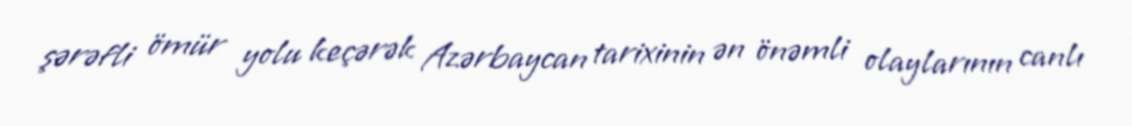
şərəfli ömür yolu keçərək Azərbaycan tarixinin ən önəmli olaylarının canlı